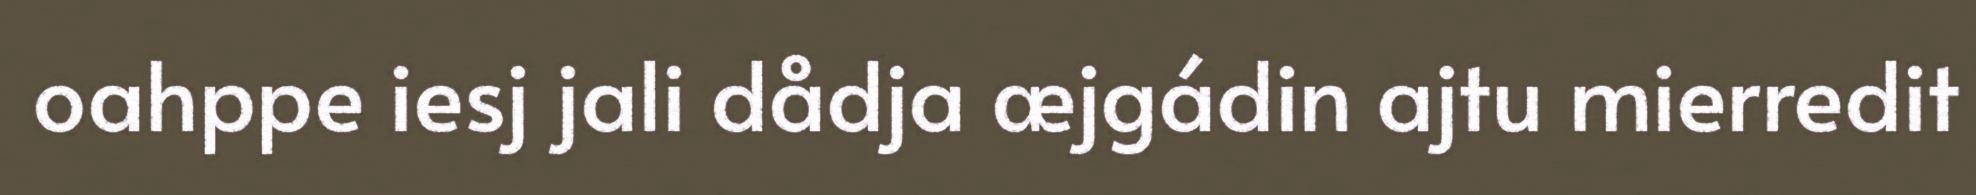
oahppe iesj jali dådja æjgádin ajtu mierredit